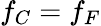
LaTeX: f_{C}=f_{F}